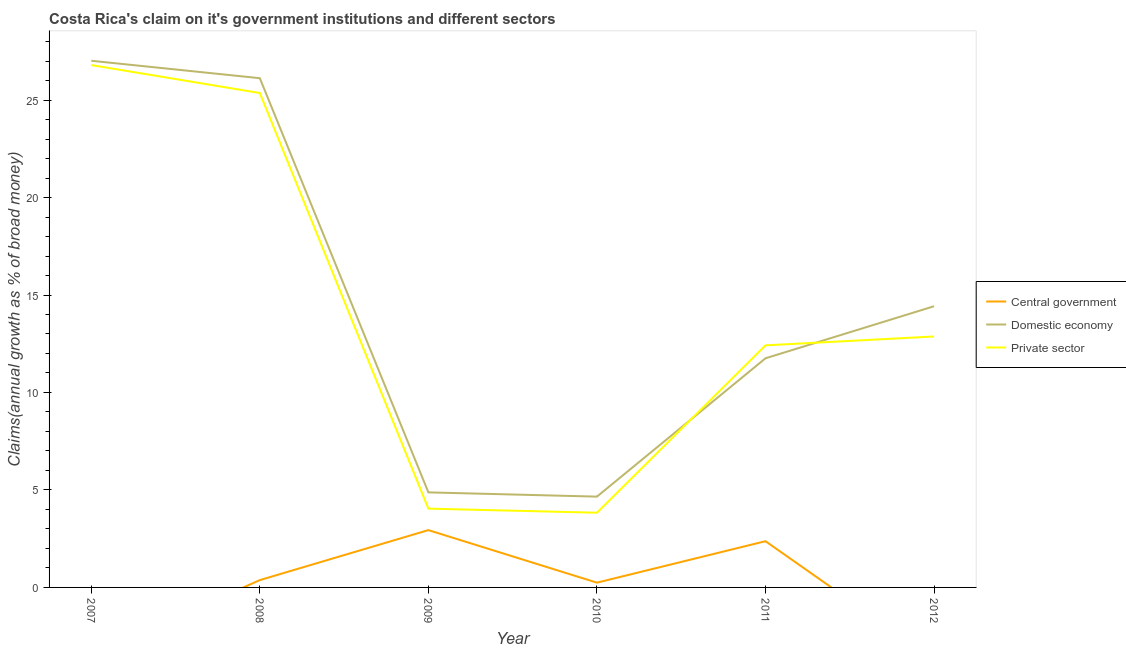
| Year | Central government | Domestic economy | Private sector |
 | --- | --- | --- | --- |
 | 2007 | -3.48 | 27 | 26.8 |
 | 2008 | 0.376 | 26.1 | 25.4 |
 | 2009 | 2.94 | 4.88 | 4.04 |
 | 2010 | 0.245 | 4.66 | 3.83 |
 | 2011 | 2.37 | 11.8 | 12.4 |
 | 2012 | -3.7 | 14.4 | 12.9 |